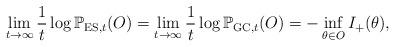
LaTeX: \begin{align*}\lim_{t\rightarrow\infty}\frac{1}{t}\log{\mathbb P}_{{\rm ES},t}(O)=\lim_{t\rightarrow\infty}\frac{1}{t}\log{\mathbb P}_{{\rm GC},t}(O)=-\inf_{\theta\in O}I_+(\theta),\end{align*}